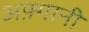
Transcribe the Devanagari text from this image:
अफ़्गानी